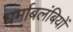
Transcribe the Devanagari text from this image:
धर्माबलंबियों